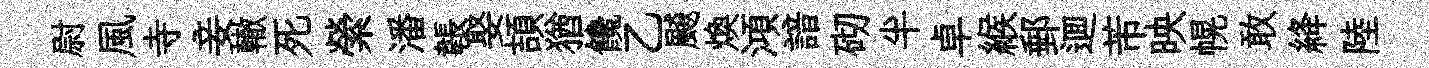
尉風寺妾轍死縈潘韔娶頡猶饞乙飇煥澒諳砌半卓緱郵逥芾映幌敢絳陸